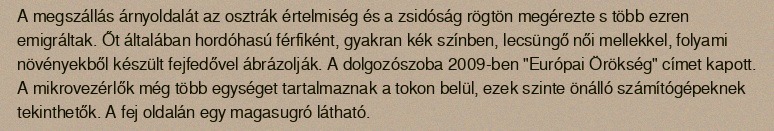
A megszállás árnyoldalát az osztrák értelmiség és a zsidóság rögtön megérezte s több ezren emigráltak. Őt általában hordóhasú férfiként, gyakran kék színben, lecsüngő női mellekkel, folyami növényekből készült fejfedővel ábrázolják. A dolgozószoba 2009-ben "Európai Örökség" címet kapott. A mikrovezérlők még több egységet tartalmaznak a tokon belül, ezek szinte önálló számítógépeknek tekinthetők. A fej oldalán egy magasugró látható.